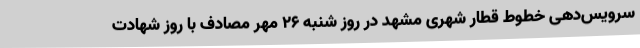
سرویس‌دهی خطوط قطار شهری مشهد در روز شنبه 26 مهر مصادف با روز شهادت